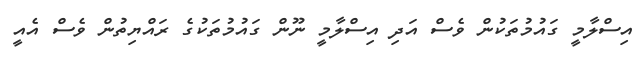
އިސްލާމީ ގައުމުތަކުން ވެސް އަދި އިސްލާމީ ނޫން ގައުމުތަކުގެ ރައްޔިތުން ވެސް އެއީ